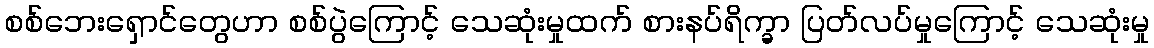
စစ်ဘေးရှောင်တွေဟာ စစ်ပွဲကြောင့် သေဆုံးမှုထက် စားနပ်ရိက္ခာ ပြတ်လပ်မှုကြောင့် သေဆုံးမှု